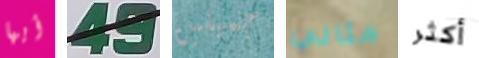
أيها 49 جميلين مثالي أكثر